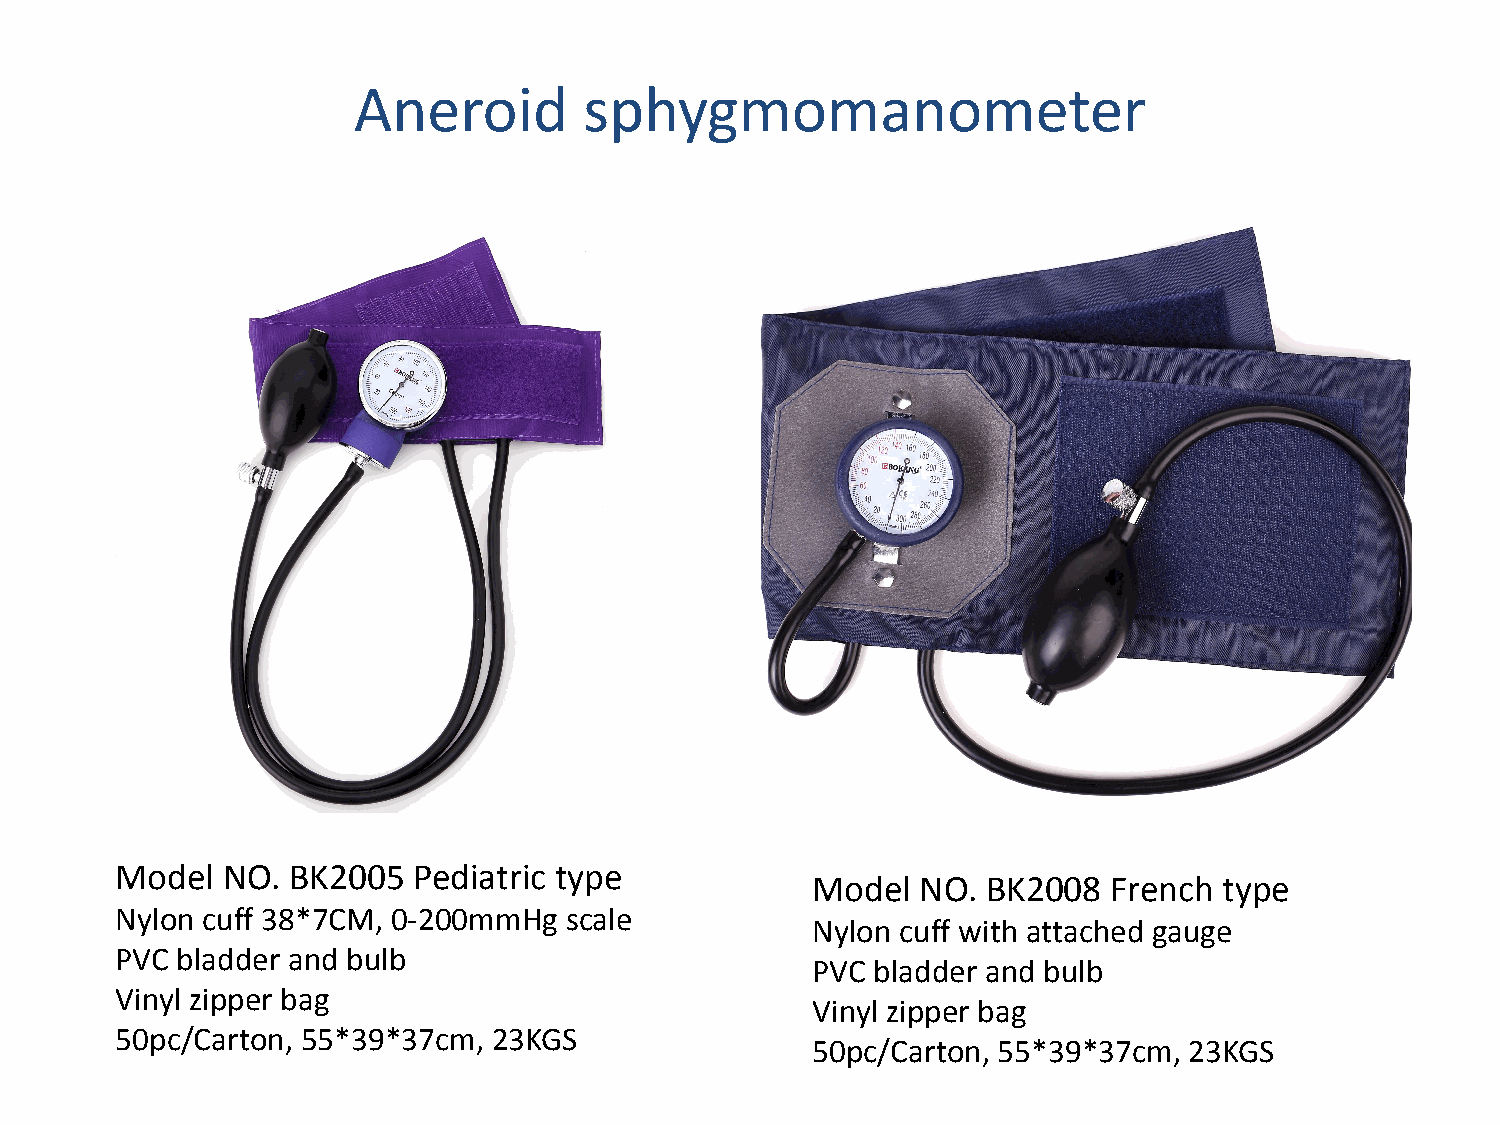
Aneroid         sphygmomanometer
 Model  NO. BK2005  Pediatric type
 Model  NO. BK2008  French  type
 Nylon cuff 38*7CM, 0-200mmHg scale
 Nylon cuff with attached gauge
 PVC bladder and bulb
 PVC bladder and bulb
 Vinyl zipper bag
 Vinyl zipper bag
 50pc/Carton, 55*39*37cm, 23KGS
 50pc/Carton, 55*39*37cm, 23KGS